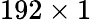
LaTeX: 192\times 1